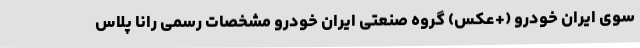
سوی ایران خودرو (+عکس) گروه صنعتی ایران خودرو مشخصات رسمی رانا پلاس